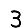
Digit: 3